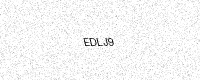
Text: EDLJ9